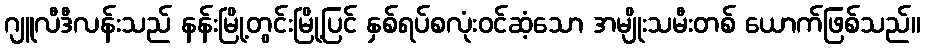
ဂျူလီဒီလန်းသည် နန်းမြို့တွင်းမြို့ပြင် နှစ်ရပ်စလုံးဝင်ဆံ့သော အမျိုးသမီးတစ် ယောက်ဖြစ်သည်။